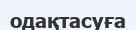
одақтасуға